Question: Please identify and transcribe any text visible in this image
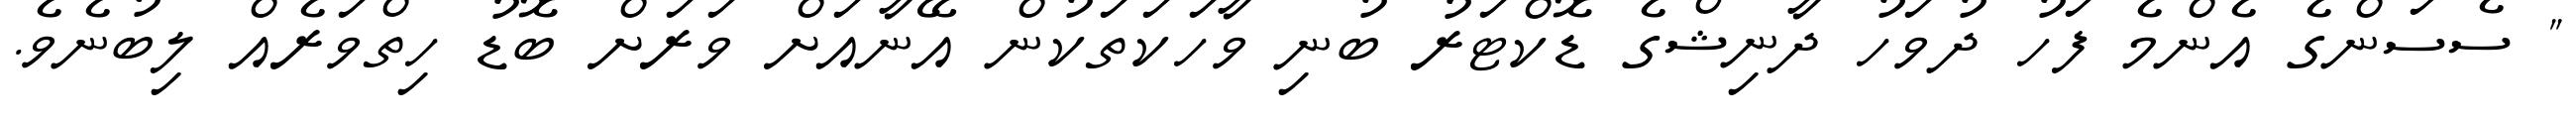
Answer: " ސެސަންގެ އެންމެ ފަހު ދުވަހު ދާނިޝްގެ ޑޮކްޓަރު ބުނި ވާހަކަތަކުން އޭނާއަށް ވަރަށް ބޮޑު ހިތްވަރެއް ލިބުނެވެ.